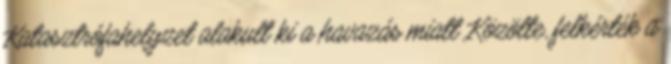
Katasztrófahelyzet alakult ki a havazás miatt Közölte, felkérték a